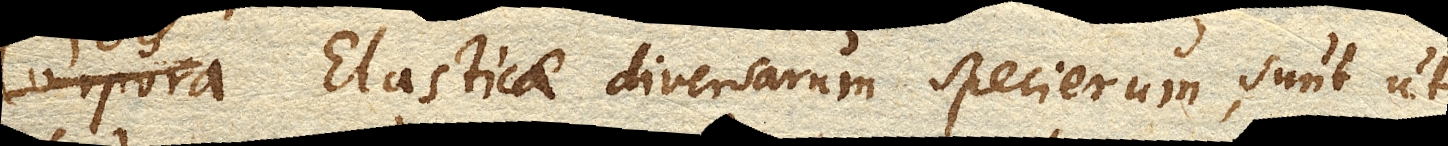
corpora Elastica Elasticae diversarum specierum, sunt ut